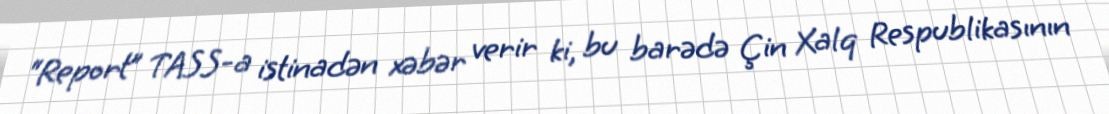
“Report” TASS-a istinadən xəbər verir ki, bu barədə Çin Xalq Respublikasının